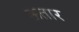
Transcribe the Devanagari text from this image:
ऊतार